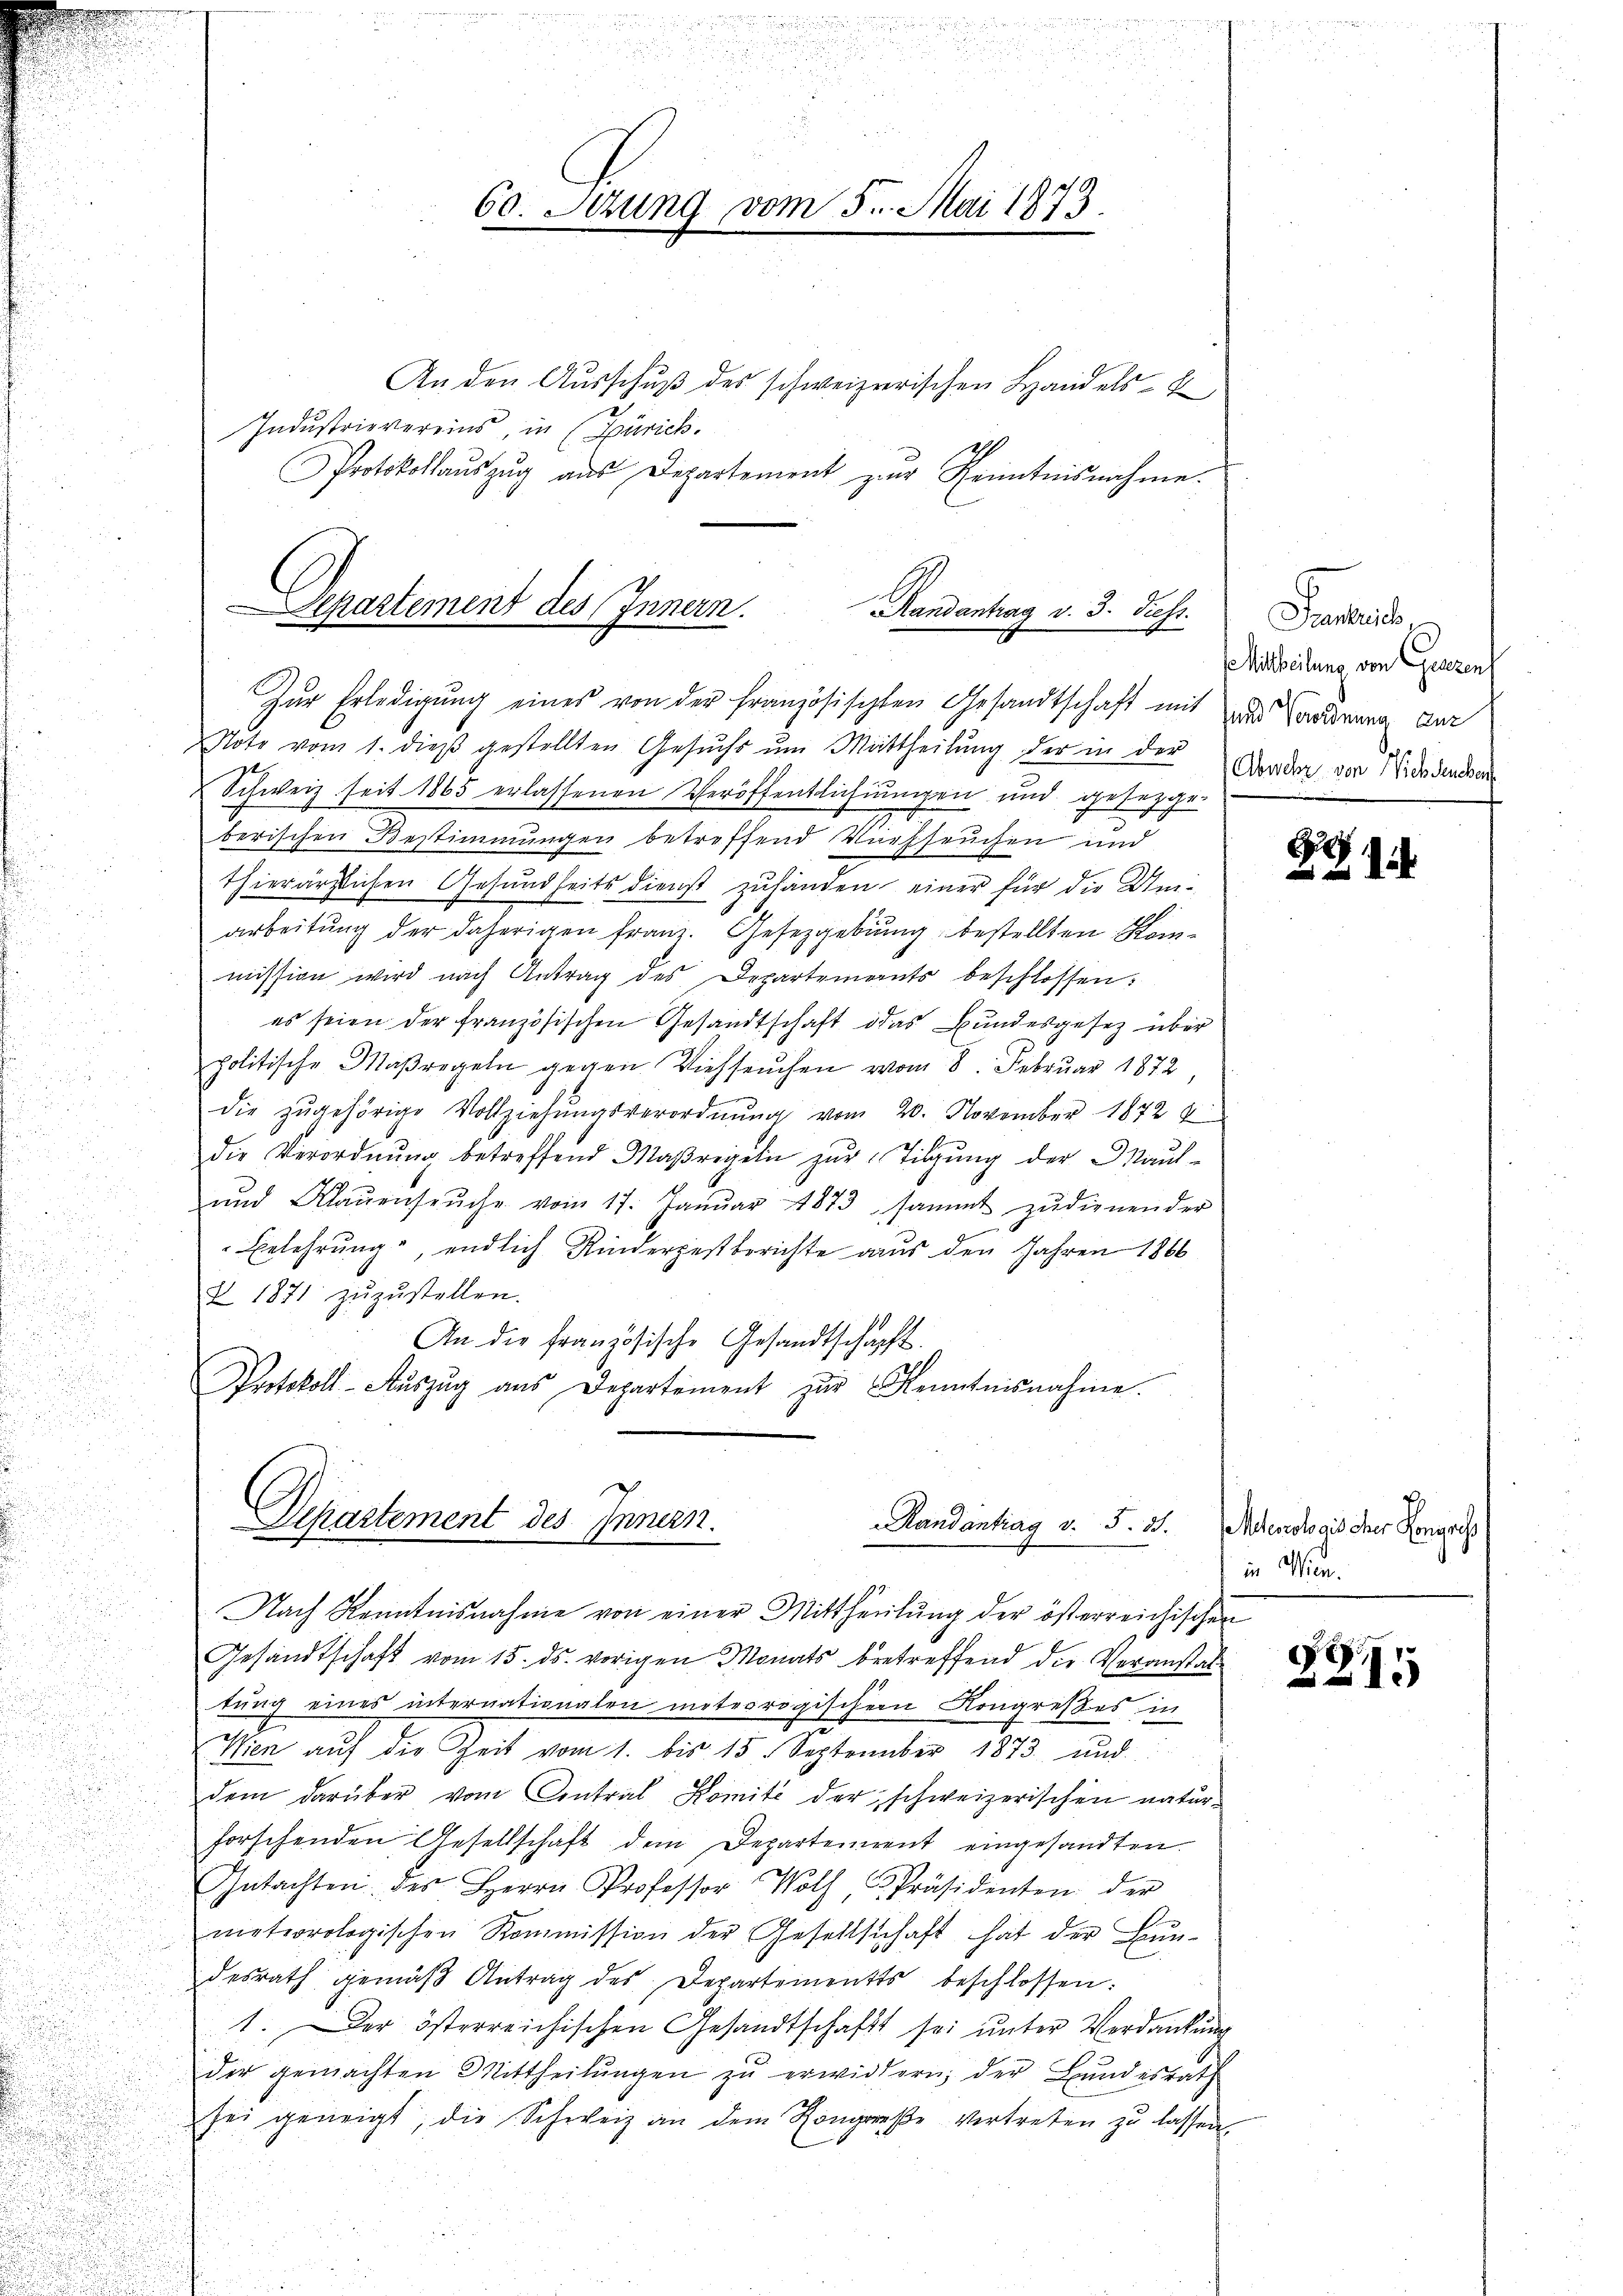
An den Ausschuß des schweizerischen Handels- u
Industrievereins, in (Zürich.
Protokollaŭszŭg aŭs Departement zŭr Kenntnisnahme.

Note vom 1. dieß gestellten Gesuchs um Mittheilung der in der
t.
Schweiz seit 1865 erlassenen Veröffentlichungen und gesetzge-
berischen Bestimmungen betreffend Viehseuchen und
thierärztlichen Gesundheits dienst zufanden einer für die Umarbeitung der daherigen Franz. Gesetzgebung bestellten Konmission wird nach Antrag des Departements beschlossen:
es seien der französischen Gesandtschaft das Bundesgesetz über
politische Maßregeln gegen Viehseuchen vom 8. Februar 1872
die zŭgehörige Vollziehŭngsverordnŭng vom 20. November 1872 7
die Verordnŭng betreffend Maßregeln zur Tilgung der Maul-
ŭnd Klaŭensŭche vom 17. Janŭar 1873 sammt zŭdienender
Eelehrung, endlich Kinderpestberichte aus den Jahren 1866
Z 1871 zŭzŭstellen.
An die französische Gesandtschafft.
Protokoll-Aŭszŭg aŭs Departement zur Kenntnisnahme.

n
60. Sizung vom 5. Mai 1873.

Separtement des Innern.
Randantrag v. 3. Diess.
Zur Erledigung eines von der französischten Gesandtschaft mit und Forderung der

Departement des Innern.
andantrag v. 5. 25. Meteorologischer Kongress

Santeil,
 Mittheilung von Gesezens
Abwehr von Nich densber

.
.
Nach Kenntnisnahme von einer Mittheilŭng der österreichischen
Gesandtschaft vom 15. ds. vorigen Monats betreffend die Veranstattung eines internationalen meteorogischer Kongreßes, in
i
i
Wien auf die Zeit vom 1. bis 15. September 1873 und
dem darüber vom Contral Komite der schweizerischen natur-
forschenden Gesellschaft dem Departement eingesandten
Gutachten des Herrn Professor Wolf, Präsidenten der
meteorologischen Kommission der Gesellschaft hat der Bun-
desrath gemäβ Antrag des Departements beschlossen:
1. Der österreichischen Gesandtschaft sei ŭnter Verdankung
der gemachten Mittheilŭngen zŭ erwidern, der Bundesrath
sei geneigt, die Schweiz an dem Kongreße vertreten zu lassen.

i

in Wien.

88.
15